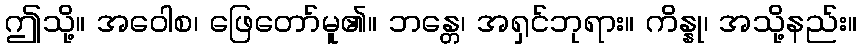
ဤသို့။ အဝေါစ၊ ဖြေတော်မူ၏။ ဘန္တေ၊ အရှင်ဘုရား။ ကိန္နု၊ အသို့နည်း။